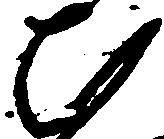
ひ